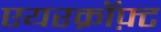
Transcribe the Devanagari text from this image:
एयरक्रॉफ़्ट